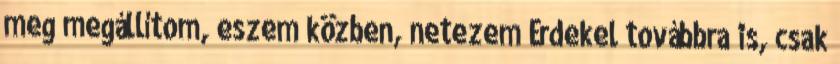
meg megállítom, eszem közben, netezem Érdekel továbbra is, csak